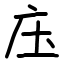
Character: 庒